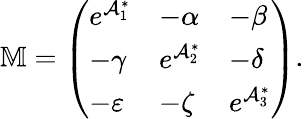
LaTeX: \mathbb{M}=\left(\begin{array}{lll}{e^{\mathcal{A}_{1}^{\ast}}}&{-\alpha}&{-\beta}\\ {-\gamma}&{e^{\mathcal{A}_{2}^{\ast}}}&{-\delta}\\ {-\varepsilon}&{-\zeta}&{e^{\mathcal{A}_{3}^{\ast}}}\end{array}\right).